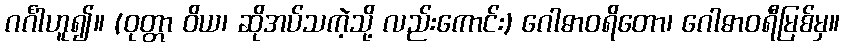
ဂင်္ဂါဟူ၍။ (ဝုတ္တာ ဝိယ၊ ဆိုအပ်သကဲ့သို့ လည်းကောင်း) ဂေါဓာဝရိတော၊ ဂေါဓာဝရီမြစ်မှ။